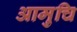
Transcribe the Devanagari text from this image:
आमुचि